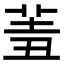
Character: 𦍮